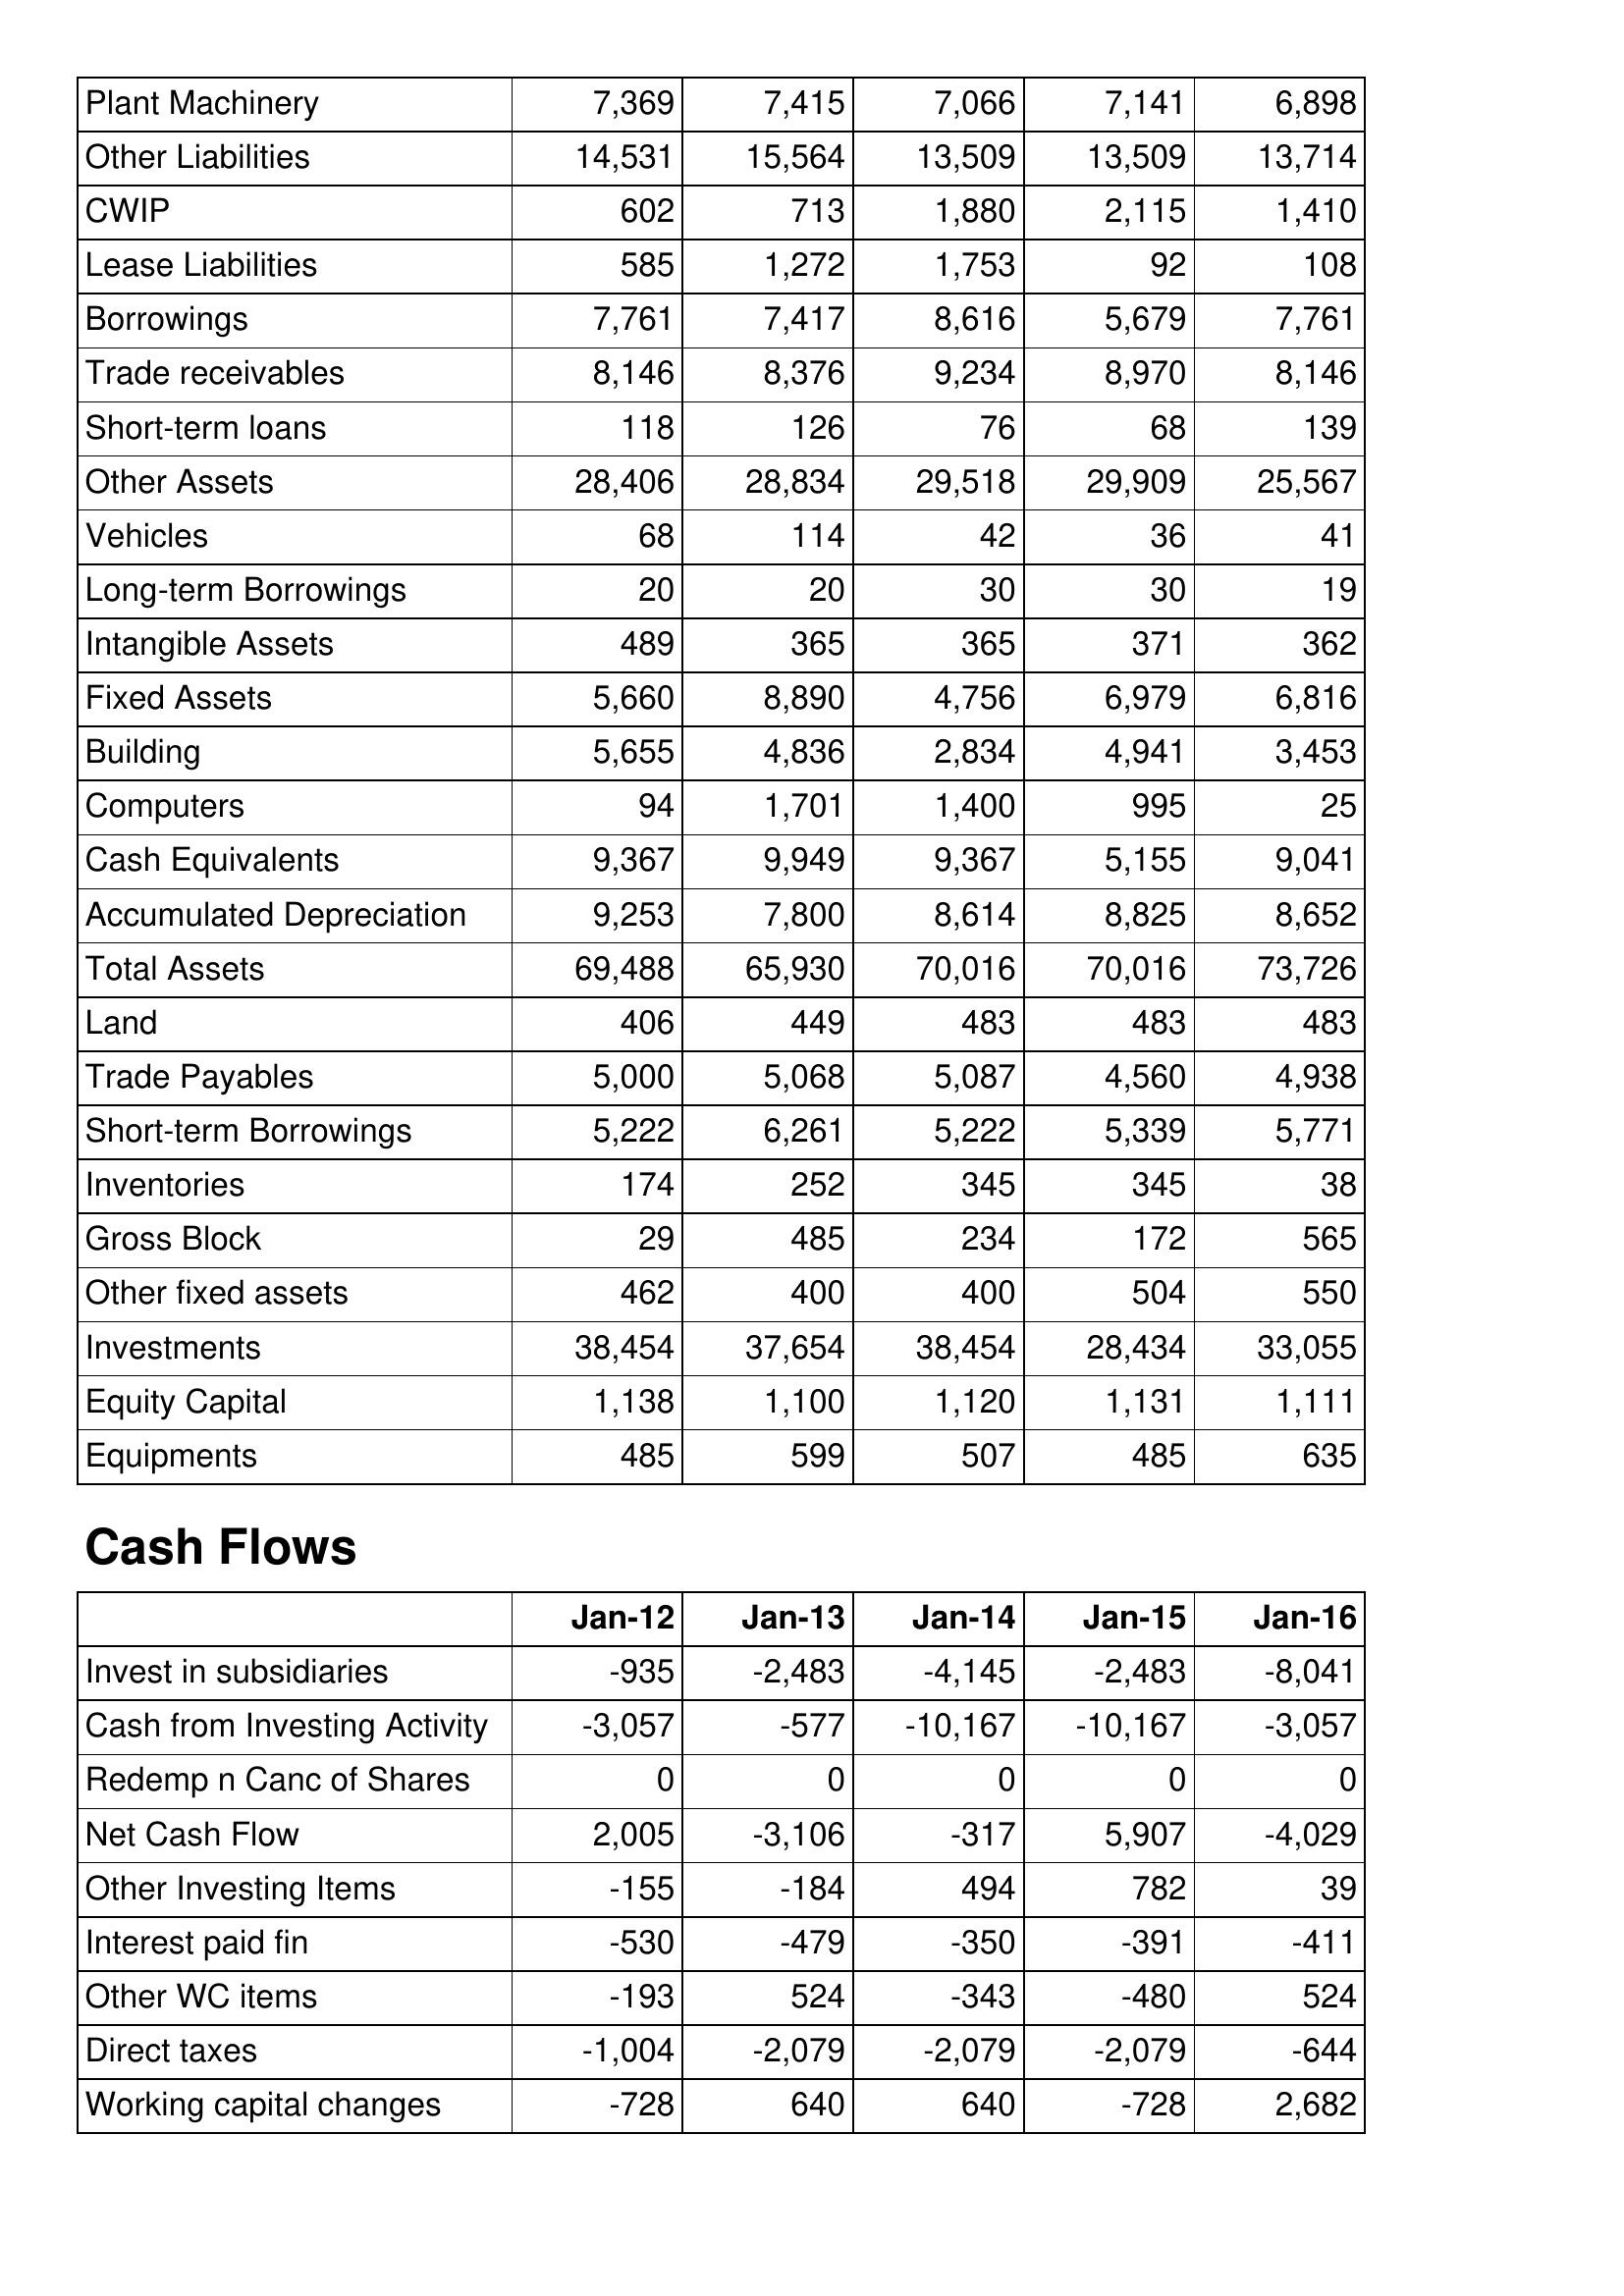
Jan-12: Balance Sheet: Plant Machinery: 7,369
Other Liabilities: 14,531
CWIP: 602
Lease Liabilities: 585
Borrowings: 7,761
Trade receivables: 8,146
Short-term loans: 118
Other Assets: 28,406
Vehicles: 68
Long-term Borrowings: 20
Intangible Assets: 489
Fixed Assets: 5,660
Building: 5,655
Computers: 94
Cash Equivalents: 9,367
Accumulated Depreciation: 9,253
Total Assets: 69,488
Land: 406
Trade Payables: 5,000
Short-term Borrowings: 5,222
Inventories: 174
Gross Block: 29
Other fixed assets: 462
Investments: 38,454
Equity Capital: 1,138
Equipments: 485
Cash Flows: Invest in subsidiaries: -935
Cash from Investing Activity: -3,057
Redemp n Canc of Shares: 0
Net Cash Flow: 2,005
Other Investing Items: -155
Interest paid fin: -530
Other WC items: -193
Direct taxes: -1,004
Working capital changes: -728
Jan-13: Balance Sheet: Plant Machinery: 7,415
Other Liabilities: 15,564
CWIP: 713
Lease Liabilities: 1,272
Borrowings: 7,417
Trade receivables: 8,376
Short-term loans: 126
Other Assets: 28,834
Vehicles: 114
Long-term Borrowings: 20
Intangible Assets: 365
Fixed Assets: 8,890
Building: 4,836
Computers: 1,701
Cash Equivalents: 9,949
Accumulated Depreciation: 7,800
Total Assets: 65,930
Land: 449
Trade Payables: 5,068
Short-term Borrowings: 6,261
Inventories: 252
Gross Block: 485
Other fixed assets: 400
Investments: 37,654
Equity Capital: 1,100
Equipments: 599
Cash Flows: Invest in subsidiaries: -2,483
Cash from Investing Activity: -577
Redemp n Canc of Shares: 0
Net Cash Flow: -3,106
Other Investing Items: -184
Interest paid fin: -479
Other WC items: 524
Direct taxes: -2,079
Working capital changes: 640
Jan-14: Balance Sheet: Plant Machinery: 7,066
Other Liabilities: 13,509
CWIP: 1,880
Lease Liabilities: 1,753
Borrowings: 8,616
Trade receivables: 9,234
Short-term loans: 76
Other Assets: 29,518
Vehicles: 42
Long-term Borrowings: 30
Intangible Assets: 365
Fixed Assets: 4,756
Building: 2,834
Computers: 1,400
Cash Equivalents: 9,367
Accumulated Depreciation: 8,614
Total Assets: 70,016
Land: 483
Trade Payables: 5,087
Short-term Borrowings: 5,222
Inventories: 345
Gross Block: 234
Other fixed assets: 400
Investments: 38,454
Equity Capital: 1,120
Equipments: 507
Cash Flows: Invest in subsidiaries: -4,145
Cash from Investing Activity: -10,167
Redemp n Canc of Shares: 0
Net Cash Flow: -317
Other Investing Items: 494
Interest paid fin: -350
Other WC items: -343
Direct taxes: -2,079
Working capital changes: 640
Jan-15: Balance Sheet: Plant Machinery: 7,141
Other Liabilities: 13,509
CWIP: 2,115
Lease Liabilities: 92
Borrowings: 5,679
Trade receivables: 8,970
Short-term loans: 68
Other Assets: 29,909
Vehicles: 36
Long-term Borrowings: 30
Intangible Assets: 371
Fixed Assets: 6,979
Building: 4,941
Computers: 995
Cash Equivalents: 5,155
Accumulated Depreciation: 8,825
Total Assets: 70,016
Land: 483
Trade Payables: 4,560
Short-term Borrowings: 5,339
Inventories: 345
Gross Block: 172
Other fixed assets: 504
Investments: 28,434
Equity Capital: 1,131
Equipments: 485
Cash Flows: Invest in subsidiaries: -2,483
Cash from Investing Activity: -10,167
Redemp n Canc of Shares: 0
Net Cash Flow: 5,907
Other Investing Items: 782
Interest paid fin: -391
Other WC items: -480
Direct taxes: -2,079
Working capital changes: -728
Jan-16: Balance Sheet: Plant Machinery: 6,898
Other Liabilities: 13,714
CWIP: 1,410
Lease Liabilities: 108
Borrowings: 7,761
Trade receivables: 8,146
Short-term loans: 139
Other Assets: 25,567
Vehicles: 41
Long-term Borrowings: 19
Intangible Assets: 362
Fixed Assets: 6,816
Building: 3,453
Computers: 25
Cash Equivalents: 9,041
Accumulated Depreciation: 8,652
Total Assets: 73,726
Land: 483
Trade Payables: 4,938
Short-term Borrowings: 5,771
Inventories: 38
Gross Block: 565
Other fixed assets: 550
Investments: 33,055
Equity Capital: 1,111
Equipments: 635
Cash Flows: Invest in subsidiaries: -8,041
Cash from Investing Activity: -3,057
Redemp n Canc of Shares: 0
Net Cash Flow: -4,029
Other Investing Items: 39
Interest paid fin: -411
Other WC items: 524
Direct taxes: -644
Working capital changes: 2,682